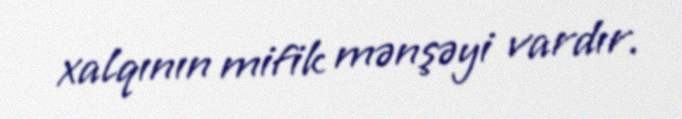
xalqının mifik mənşəyi vardır.